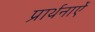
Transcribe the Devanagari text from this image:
प्रार्थनाऐं